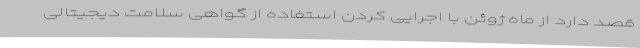
قصد دارد از ماه ژوئن با اجرایی کردن استفاده از گواهی سلامت دیجیتالی